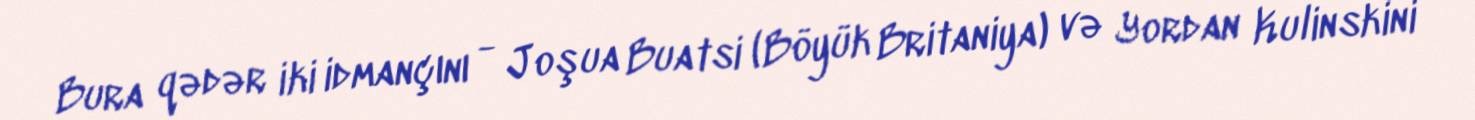
Bura qədər iki idmançını - Joşua Buatsi (Böyük Britaniya) və Yordan Kulinskini